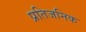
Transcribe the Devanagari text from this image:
प्रतिजनिक